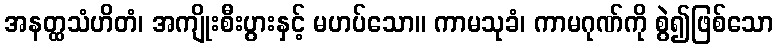
အနတ္ထသံဟိတံ၊ အကျိုးစီးပွားနှင့် မဟပ်သော။ ကာမသုခံ၊ ကာမဂုဏ်ကို စွဲ၍ဖြစ်သော